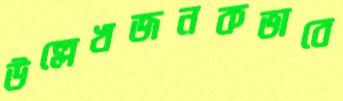
উল্লেখজনকভাবে